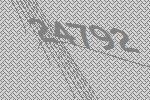
24792